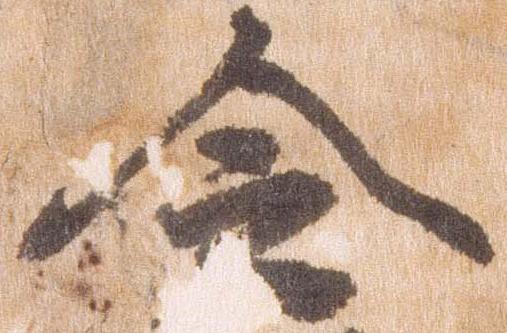
令